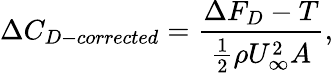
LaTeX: \Delta{C}_{D-corrected}=\frac{\Delta F_{D}-T}{\frac{1}{2}\rho U_{\infty}^{2}A},